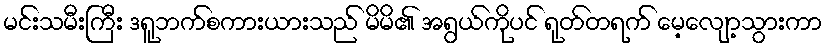
မင်းသမီးကြီး ဒရူဘက်စကားယားသည် မိမိ၏ အရွယ်ကိုပင် ရုတ်တရက် မေ့လျော့သွားကာ